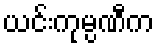
ယင်းကုမ္ပဏီက